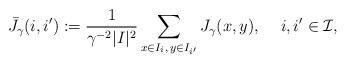
LaTeX: \begin{align*}\bar J_{\gamma}(i,i'):=\frac{1}{\gamma^{-2}|I|^2}\sum_{x\in I_i,\,y\in I_{i'}}J_{\gamma}(x,y),\,\,\,\,\,\,\,i,i'\in\mathcal I,\end{align*}